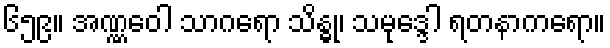
၆၅၉။ အဏ္ဏဝေါ သာဂရော သိန္ဓု၊ သမုဒ္ဒေါ ရတနာကရော။